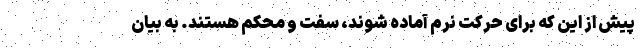
پیش از این که برای حرکت نرم آماده شوند، سفت و محکم هستند. به بیان